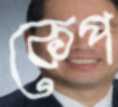
কেপ